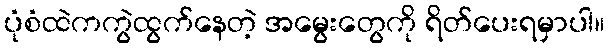
ပုံစံထဲကကွဲထွက်နေတဲ့ အမွေးတွေကို ရိတ်ပေးရမှာပါ။